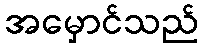
အမှောင်သည်